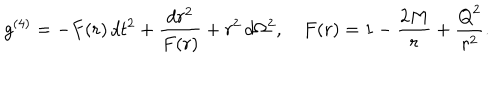
LaTeX: g ^ { ( 4 ) } = - F ( r ) \, d t ^ { 2 } + \frac { d r ^ { 2 } } { F ( r ) } + r ^ { 2 } \, d \Omega ^ { 2 } , \quad F ( r ) = 1 - \frac { 2 M } { r } + \frac { { Q } ^ { 2 } } { r ^ { 2 } } .